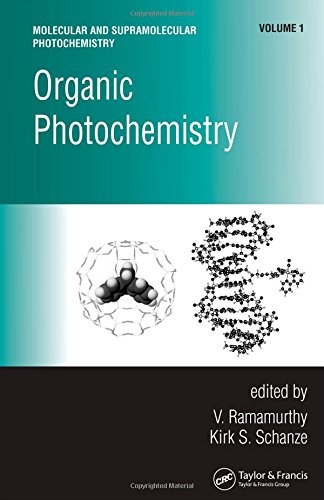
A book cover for Organic Photochemistry (Molecular and Supramolecular Photochemistry); V. Ramamurthy; Science & Math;